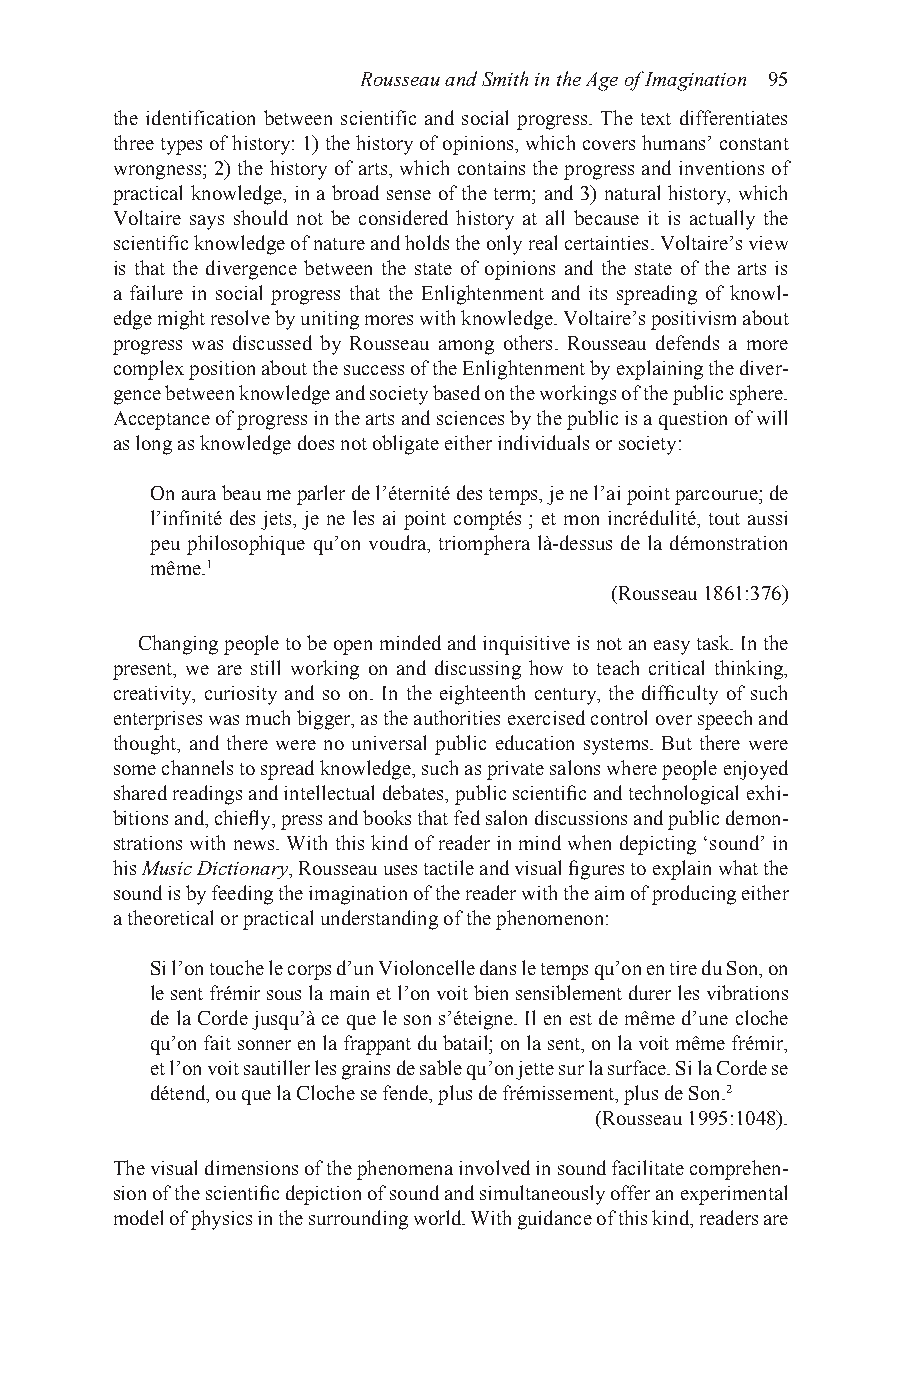
Rousseau and Smith in the Age of Imagination 95
 the identification between scientific and social progress. The text differentiates
 three types of history: 1) the history of opinions, which covers humans’ constant
 wrongness; 2) the history of arts, which contains the progress and inventions of
 practical knowledge, in a broad sense of the term; and 3) natural history, which
 Voltaire says should not be considered history at all because it is actually the
 scientific knowledge of nature and holds the only real certainties. Voltaire’s view
 is that the divergence between the state of opinions and the state of the arts is
 a failure in social progress that the Enlightenment and its spreading of knowl-
 edge might resolve by uniting mores with knowledge. Voltaire’s positivism about
 progress was discussed by Rousseau among others. Rousseau defends a more
 complex position about the success of the Enlightenment by explaining the diver-
 gence between knowledge and society based on the workings of the public sphere.
 Acceptance of progress in the arts and sciences by the public is a question of will
 as long as knowledge does not obligate either individuals or society:
 On aura beau me parler de l’éternité des temps, je ne l’ai point parcourue; de
 l’infinité des jets, je ne les ai point comptés ; et mon incrédulité, tout aussi
 peu philosophique qu’on voudra, triomphera là-dessus de la démonstration
 même.1
 (Rousseau 1861:376)
 Changing people to be open minded and inquisitive is not an easy task. In the
 present, we are still working on and discussing how to teach critical thinking,
 creativity, curiosity and so on. In the eighteenth century, the difficulty of such
 enterprises was much bigger, as the authorities exercised control over speech and
 thought, and there were no universal public education systems. But there were
 some channels to spread knowledge, such as private salons where people enjoyed
 shared readings and intellectual debates, public scientific and technological exhi-
 bitions and, chiefly, press and books that fed salon discussions and public demon-
 strations with news. With this kind of reader in mind when depicting ‘sound’ in
 his Music Dictionary, Rousseau uses tactile and visual figures to explain what the
 sound is by feeding the imagination of the reader with the aim of producing either
 a theoretical or practical understanding of the phenomenon:
 Si l’on touche le corps d’un Violoncelle dans le temps qu’on en tire du Son, on
 le sent frémir sous la main et l’on voit bien sensiblement durer les vibrations
 de la Corde jusqu’à ce que le son s’éteigne. Il en est de même d’une cloche
 qu’on fait sonner en la frappant du batail; on la sent, on la voit même frémir,
 et l’on voit sautiller les grains de sable qu’on jette sur la surface. Si la Corde se
 détend, ou que la Cloche se fende, plus de frémissement, plus de Son.2
 (Rousseau 1995:1048).
 The visual dimensions of the phenomena involved in sound facilitate comprehen-
 sion of the scientific depiction of sound and simultaneously offer an experimental
 model of physics in the surrounding world. With guidance of this kind, readers are